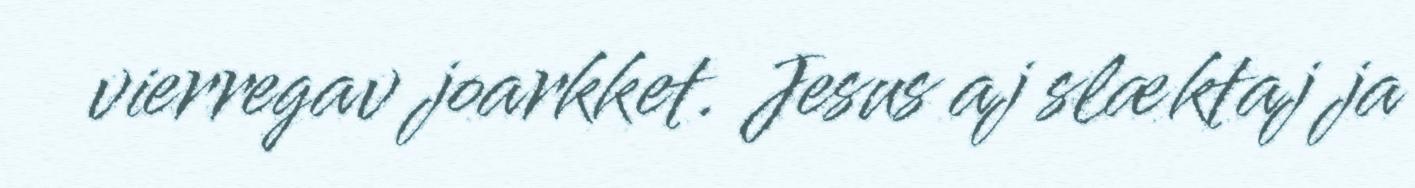
vierregav joarkket. Jesus aj slæktaj ja